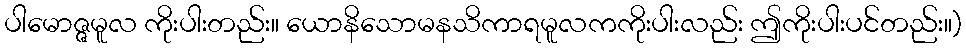
ပါမောဇ္ဇမူလ ကိုးပါးတည်း။ ယောနိသောမနသိကာရမူလကကိုးပါးလည်း ဤကိုးပါးပင်တည်း။)